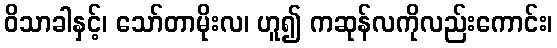
ဝိသာခါနှင့်၊ သော်တာမိုးလ၊ ဟူ၍ ကဆုန်လကိုလည်းကောင်း၊